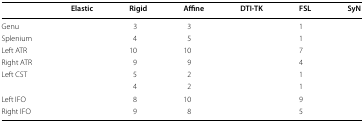
<table><thead><tr><td>[EMPTY_CELL]</td><td><b>Elastic</b></td><td><b>Rigid</b></td><td><b>Affine</b></td><td><b>DTI-TK</b></td><td><b>FSL</b></td><td><b>SyN</b></td></tr></thead><tbody><tr><td>Genu</td><td>[EMPTY_CELL]</td><td>3</td><td>3</td><td>[EMPTY_CELL]</td><td>1</td><td>[EMPTY_CELL]</td></tr><tr><td>Splenium</td><td>[EMPTY_CELL]</td><td>4</td><td>5</td><td>[EMPTY_CELL]</td><td>1</td><td>[EMPTY_CELL]</td></tr><tr><td>Left ATR</td><td>[EMPTY_CELL]</td><td>10</td><td>10</td><td>[EMPTY_CELL]</td><td>7</td><td>[EMPTY_CELL]</td></tr><tr><td>Right ATR</td><td>[EMPTY_CELL]</td><td>9</td><td>9</td><td>[EMPTY_CELL]</td><td>4</td><td>[EMPTY_CELL]</td></tr><tr><td>Left CST</td><td>[EMPTY_CELL]</td><td>5</td><td>2</td><td>[EMPTY_CELL]</td><td>1</td><td>[EMPTY_CELL]</td></tr><tr><td>[EMPTY_CELL]</td><td>[EMPTY_CELL]</td><td>4</td><td>2</td><td>[EMPTY_CELL]</td><td>1</td><td>[EMPTY_CELL]</td></tr><tr><td>Left IFO</td><td>[EMPTY_CELL]</td><td>8</td><td>10</td><td>[EMPTY_CELL]</td><td>9</td><td>[EMPTY_CELL]</td></tr><tr><td>Right IFO</td><td>[EMPTY_CELL]</td><td>9</td><td>8</td><td>[EMPTY_CELL]</td><td>5</td><td>[EMPTY_CELL]</td></tr></tbody></table>